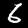
Digit: 6